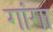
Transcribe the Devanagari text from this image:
गांगा